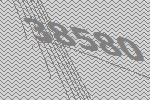
38580